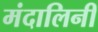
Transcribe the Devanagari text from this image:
मंदालिनी